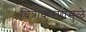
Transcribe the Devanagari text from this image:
चित्रीकरणामुळे